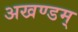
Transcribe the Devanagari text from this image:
अखण्डम्